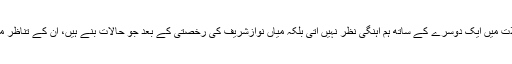
اسی طرح مقننہ، عدلیہ اور سلامتی اداروں کی بھی ان معاملات میں ایک دوسرے کے ساتھ ہم آہنگی نظر نہیں آتی بلکہ میاں نوازشریف کی رخصتی کے بعد جو حالات بنے ہیں، ان کے تناظر میں یہ خطرہ ہے کہ رہی سہی ہم آہنگی بھی ختم ہوجائے گی۔